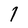
Character: l